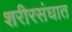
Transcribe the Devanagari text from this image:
शरीरसंघात